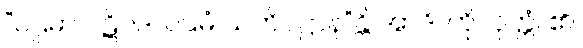
“ပဌမာ ပဋိပဒါ ပဌမံ သတိပဋ္ဌာန”န္တိ အာဒိ၊ ကို။ ဝုတ္တံ၊ ၏။